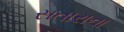
સતારાના